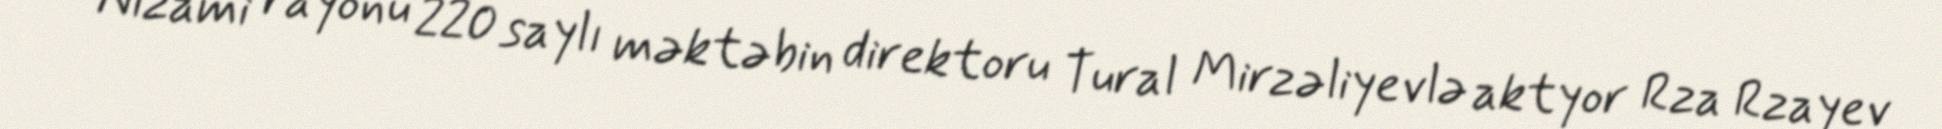
Nizami rayonu 220 saylı məktəbin direktoru Tural Mirzəliyevlə aktyor Rza Rzayev